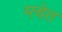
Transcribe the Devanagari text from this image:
मचेत